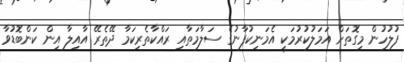
ފުލުހުން މިގޮތަށް އަމަލުކުރުމަކީ އެމަނިކުފާނުގެ ސަލާމަތާއި ރައްކާތެރިކަމާ ދޭތެރޭ އާއިލާ އިން ކަންބޮޑުވާ